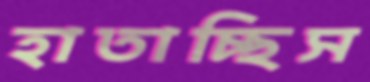
হাতাচ্ছিস